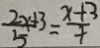
\frac { 2 x + 3 } { 5 } = \frac { x + 3 } { 4 }